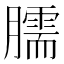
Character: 臑